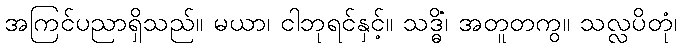
အကြင်ပညာရှိသည်။ မယာ၊ ငါဘုရင်နှင့်။ သဒ္ဓိံ၊ အတူတကွ။ သလ္လပိတုံ၊